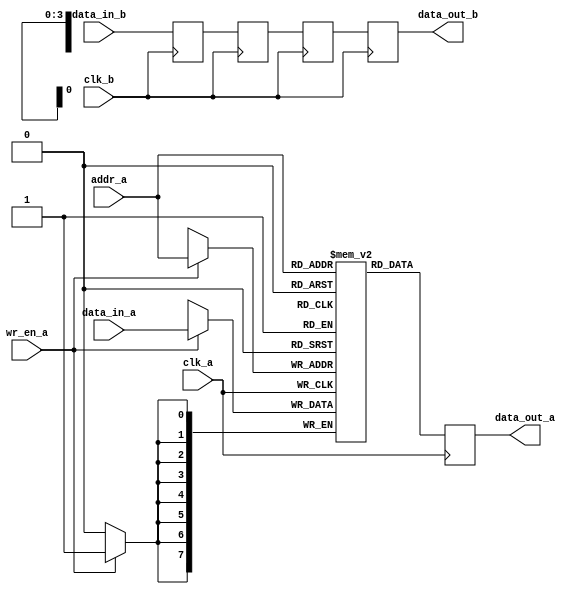
module memory_block #(
    parameter DATA_WIDTH = 8,  // Width of the data
    parameter ADDR_WIDTH = 4,  // Width of the address
    parameter MEMORY_DEPTH = 16, // Depth of the memory
    parameter DELAY_CYCLES = 3  // Number of cycles for the delay line
)(
    input wire clk_a,            // Clock for memory access
    input wire clk_b,            // Clock for synchronization
    input wire wr_en_a,          // Write enable for memory
    input wire [ADDR_WIDTH-1:0] addr_a, // Address for memory access
    input wire [DATA_WIDTH-1:0] data_in_a, // Data input for memory
    output reg [DATA_WIDTH-1:0] data_out_a, // Data output from memory
    input wire data_in_b,        // Data input from another clock domain
    output reg data_out_b        // Data output to another clock domain
);

// Memory array
reg [DATA_WIDTH-1:0] memory [0:MEMORY_DEPTH-1];

// Safe Delay Line
reg [DATA_WIDTH-1:0] delay_line [0:DELAY_CYCLES-1];

// Write operation in memory
always @(posedge clk_a) begin
    if (wr_en_a) begin
        memory[addr_a] <= data_in_a;
    end
    data_out_a <= memory[addr_a];
end

// Safe Delay Line Implementation
integer i;
always @(posedge clk_b) begin
    // Shift data through the delay line
    delay_line[0] <= data_in_b; // Capture incoming data
    for (i = 1; i < DELAY_CYCLES; i = i + 1) begin
        delay_line[i] <= delay_line[i-1]; // Shift
    end
    data_out_b <= delay_line[DELAY_CYCLES-1]; // Output the delayed data
end

endmodule